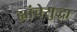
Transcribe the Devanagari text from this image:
ह्यांचेसुद्धा